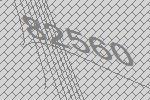
82560